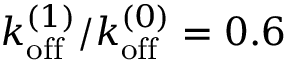
k _ { \mathrm { o f f } } ^ { ( 1 ) } / k _ { \mathrm { o f f } } ^ { ( 0 ) } = 0 . 6